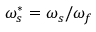
\omega _ { s } ^ { * } = \omega _ { s } / \omega _ { f }